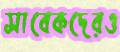
সাবেকদেরও